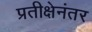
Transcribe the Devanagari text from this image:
प्रतीक्षेनंतर